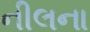
નીલના